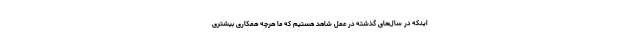
اینکه در سال‌های گذشته در عمل شاهد هستیم که ما هرچه همکاری بیشتری